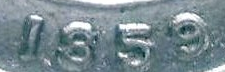
1859